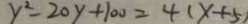
y ^ { 2 } - 2 0 y + 1 0 0 = 4 ( x + 5 )